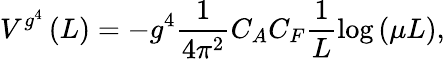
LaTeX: V^{g^{4}}\left(L\right)=-g^{4}\frac{1}{{4\pi^{2}}}C_{A}C_{F}\frac{1}{L}\log\left({\mu L}\right),